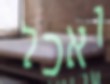
ואכלי